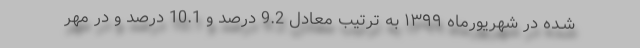
شـده در شهریورماه ١٣٩٩ به ترتیب معادل 9.2 درصد و 10.1 درصد و در مهر